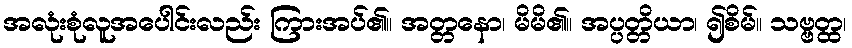
အလုံးစုံလူအပေါင်းလည်း ကြားအပ်၏။ အတ္တနော၊ မိမိ၏။ အပ္ပတ္တိယာ၊ ၍စိမ်။ သဗ္ဗတ္ထ၊